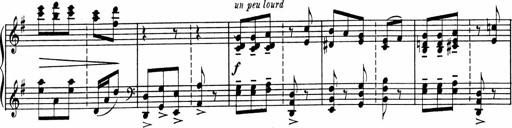
Title: Sonatine pour piano
Composer: Albert Roussel